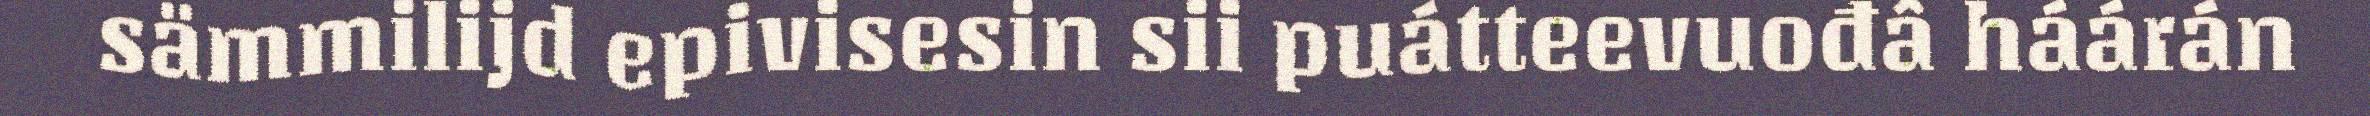
sämmilijd epivisesin sii puátteevuođâ háárán